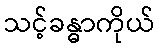
သင့်ခန္ဓာကိုယ်